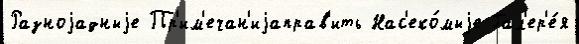
Разноjадныjе Пр'им'ечан'иjаправ'ить Нас'еко́мыjе Гал'ер'е́я